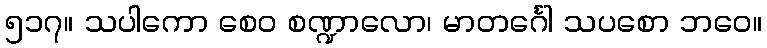
၅၁၇။ သပါကော စေဝ စဏ္ဍာလော၊ မာတင်္ဂေါ သပစော ဘဝေ။